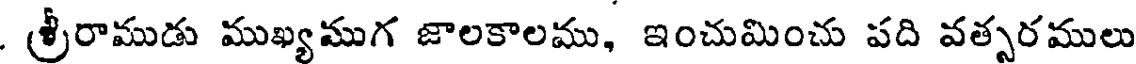
. శ్రీరాముడు ముఖ్యముగ జాలకాలము, ఇంచుమించు పది వత్సరములు